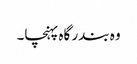
وہ بندر گاہ پہنچا۔